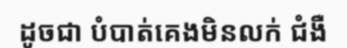
ដូចជា បំបាត់គេងមិនលក់ ជំងឺ